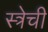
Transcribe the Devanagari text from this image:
स्त्रेची